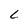
Character: L